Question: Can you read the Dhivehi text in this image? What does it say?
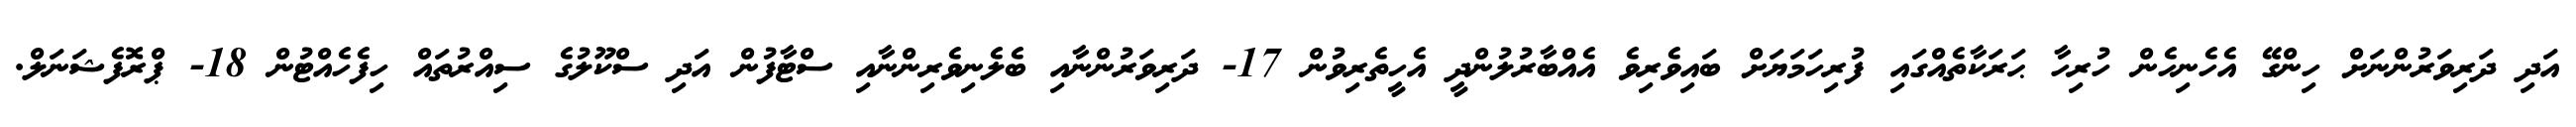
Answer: އަދި ދަރިވަރުންނަށް ހިންގޭ އެހެނިހެން ހުރިހާ ޙަރަކާތެއްގައި ފުރިހަމަޔަށް ބައިވެރިވެ އެއްބާރުލުންދީ އެހީތެރިވުން 17- ދަރިވަރުންނާއި ބެލެނިވެރިންނާއި ސްޓާފުން އަދި ސްކޫލުގެ ސިއްރުތައް ހިފެހެއްޓުން 18- ޕްރޮފެޝަނަލް.